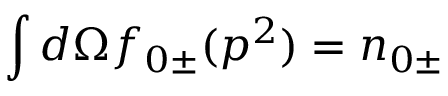
\int d \Omega f _ { 0 \pm } ( p ^ { 2 } ) = n _ { 0 \pm }